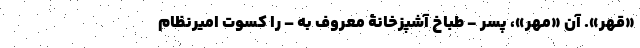
«قَهر». آن «مهر»‌، پسر - طباخِ آشپزخانۀ معروف به – را کسوت امیر‌نظام